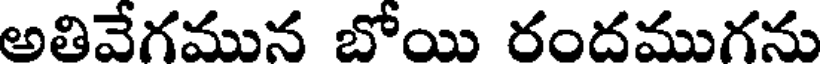
అతివేగమున బోయి రందముగను